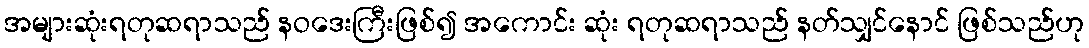
အများဆုံးရတုဆရာသည် နဝဒေးကြီးဖြစ်၍ အကောင်း ဆုံး ရတုဆရာသည် နတ်သျှင်နောင် ဖြစ်သည်ဟု